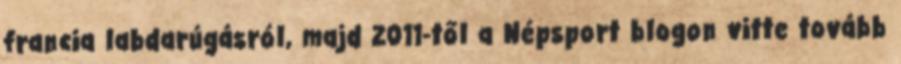
francia labdarúgásról, majd 2011-től a Népsport blogon vitte tovább